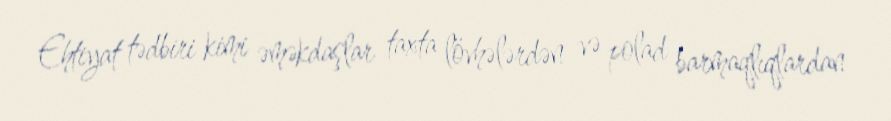
Ehtiyat tədbiri kimi əməkdaşlar taxta lövhələrdən və polad barmaqlıqlardan